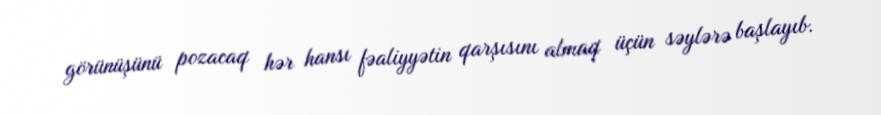
görünüşünü pozacaq hər hansı fəaliyyətin qarşısını almaq üçün səylərə başlayıb.